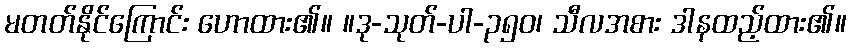
မတတ်နိုင်ကြောင်း ဟောထား၏။ ။ဒု-သုတ်-ပါ-၃၅၀၊ သီလအစား ဒါနထည့်ထား၏။